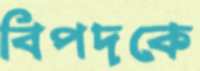
বিপদকে